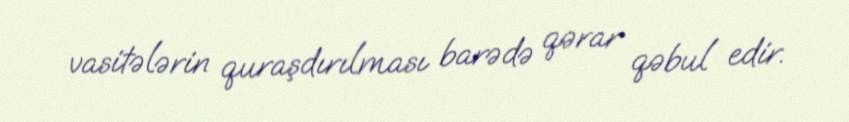
vasitələrin quraşdırılması barədə qərar qəbul edir.